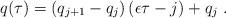
LaTeX: \begin{align*}q(\tau)=(q_{j+1}-q_j)\left(\epsilon\tau -j\right)+q_j\ .\end{align*}